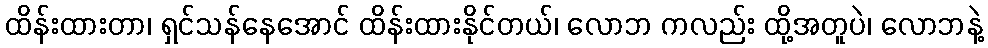
ထိန်းထားတာ၊ ရှင်သန်နေအောင် ထိန်းထားနိုင်တယ်၊ လောဘ ကလည်း ထို့အတူပဲ၊ လောဘနဲ့